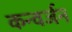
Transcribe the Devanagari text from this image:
कन्वर्जन